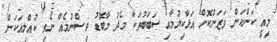
މިއީ ކަންކަން ވަޒަންކޮށް އަޅާކިޔުމާއި ސަބަބުތަކާ މެދު މާބޮޑު ވިސްނުމެއް ނެތި ކުއްލިއަކަން